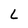
Character: L